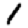
Digit: 1